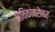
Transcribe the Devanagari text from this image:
भाविकांबरोबर